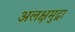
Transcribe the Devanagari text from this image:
अलक्षमुद्रा